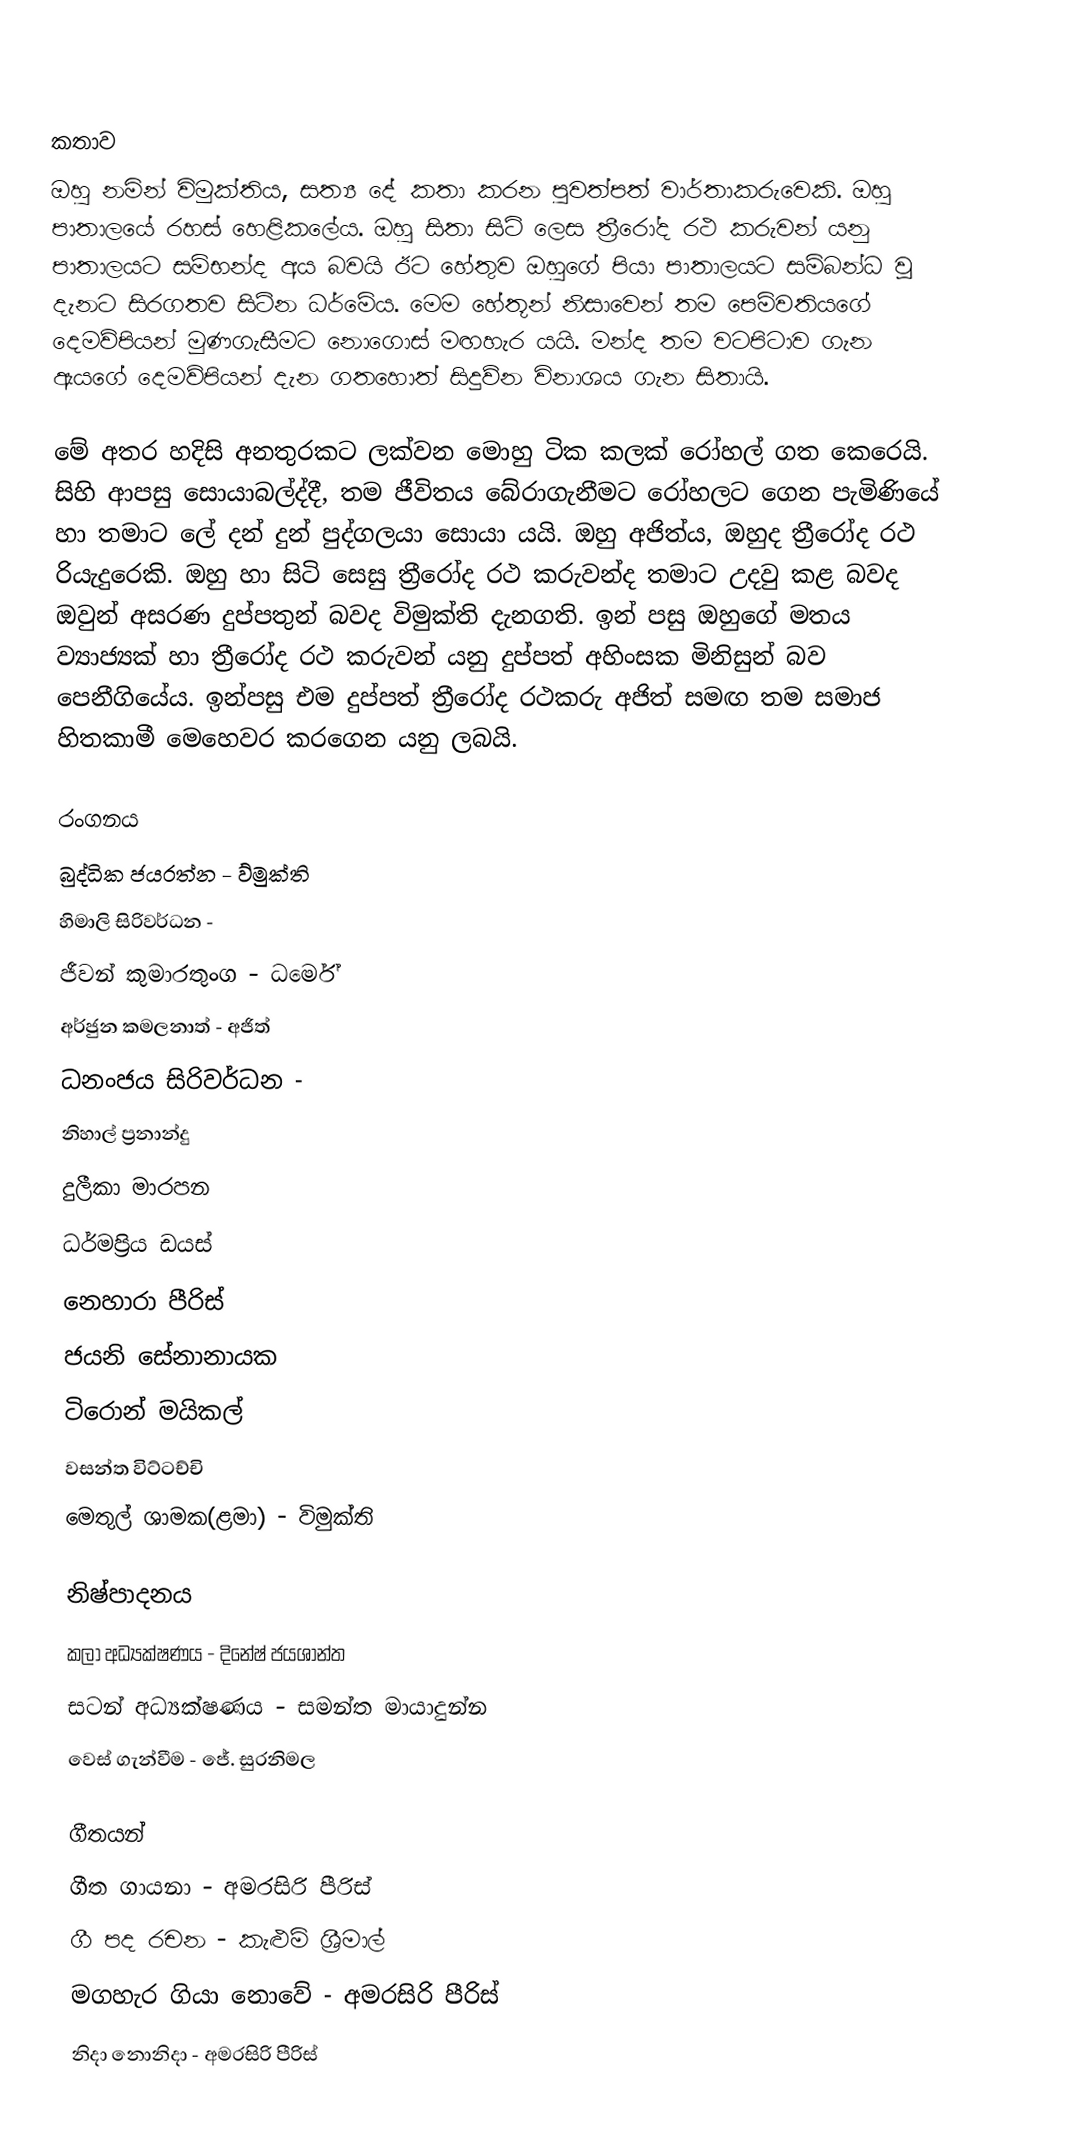

කතාව
ඔහු නමින් විමුක්තිය, සත්‍ය දේ කතා කරන පුවත්පත් වාර්තාකරුවෙකි. ඔහු පාතාලයේ රහස් හෙළිකලේය. ඔහු සිතා සිටි ලෙස ත්‍රීරෝද රථ කරුවන් යනු පාතාලයට සම්භන්ද අය බවයි ඊට හේතුව ඔහුගේ පියා පාතාලයට සම්බන්ධ වූ දැනට සිරගතව සිටින ධර්මේය. මෙම හේතූන් නිසාවෙන් තම පෙම්වතියගේ දෙමව්පියන් මුණගැසීමට නොගොස් මඟහැර යයි. මන්ද තම වටපිටාව ගැන ඇයගේ දෙමව්පියන් දැන ගතහොත් සිදුව්න විනාශය ගැන සිතායි.

මේ අතර හදිසි අනතුරකට ලක්වන මොහු ටික කලක් රෝහල් ගත කෙරෙයි. සිහි ආපසු සොයාබල්ද්දී, තම ජීවිතය බේරාගැනීමට රෝහලට ගෙන පැමිණියේ හා තමාට ලේ දන් දුන් පුද්ගලයා සොයා යයි. ඔහු අජිත්ය, ඔහුද ත්‍රීරෝද රථ රියැදුරෙකි. ඔහු හා සිටි සෙසු ත්‍රීරෝද රථ කරුවන්ද තමාට උදවු කළ බවද ඔවුන් අසරණ දුප්පතුන් බවද විමුක්ති දැනගති. ඉන් පසු ඔහුගේ මතය ව්‍යාජ්‍යක් හා ත්‍රීරෝද රථ කරුවන් යනු දුප්පත් අහිංසක මිනිසුන් බව පෙනීගියේය. ඉන්පසු එම දුප්පත් ත්‍රීරෝද රථකරු අජිත් සමඟ තම සමාජ හිතකාමී මෙහෙවර කරගෙන යනු ලබයි.

රංගනය
බුද්ධික ජයරත්න - ව්මුක්ති
හිමාලි සිරිවර්ධන -
ජීවන් කුමාරතුංග - ධර්මේ
අර්ජුන කමලනාත් - අජිත්
ධනංජය සිරිවර්ධන -
නිහාල් ප්‍රනාන්දු
දුලීකා මාරපන
ධර්මප්‍රිය ඩයස්
නෙහාරා පීරිස්
ජයනි සේනානායක
ටිරොන් මයිකල්
වසන්ත විට්ටච්චි
මෙතුල් ශාමක(ළමා) - විමුක්ති

නිෂ්පාදනය
කලා අධ්‍යක්ෂණය - දිනේෂ් ජයශාන්ත
සටන් අධ්‍යක්ෂණය - සමන්ත මායාදුන්න
වෙස් ගැන්වීම - ජේ. සුරනිමල

ගීතයන්
ගීත ගායනා - අමරසිරි පීරිස්
ගී පද රචන - කැළුම් ශ්‍රීමාල්
මගහැර ගියා නොවේ - අමරසිරි පීරිස්
නිදා නොනිදා - අමරසිරි පීරිස්